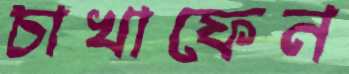
চাখাফেন